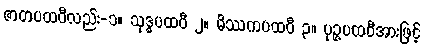
ဇာတပထဝီလည်း-၁။ သုဒ္ဓပထဝီ ၂။ မိဿကပထဝီ ၃။ ပုဉ္ဇပထဝီအားဖြင့်